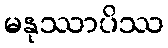
မနုဿာပိဿ